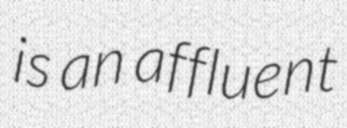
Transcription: is an affluent